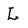
Character: L